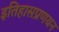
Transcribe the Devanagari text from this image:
इतिहासप्रणयन